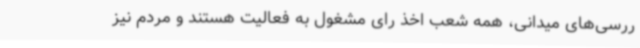
ررسی‌های میدانی، همه شعب اخذ رای مشغول به فعالیت هستند و مردم نیز